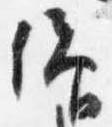
仰